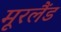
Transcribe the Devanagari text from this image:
मूरलैंड